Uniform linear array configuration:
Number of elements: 12
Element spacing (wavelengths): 0.75
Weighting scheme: hamming
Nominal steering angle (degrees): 45
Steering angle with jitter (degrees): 43.026
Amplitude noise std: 0.05
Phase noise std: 0.05

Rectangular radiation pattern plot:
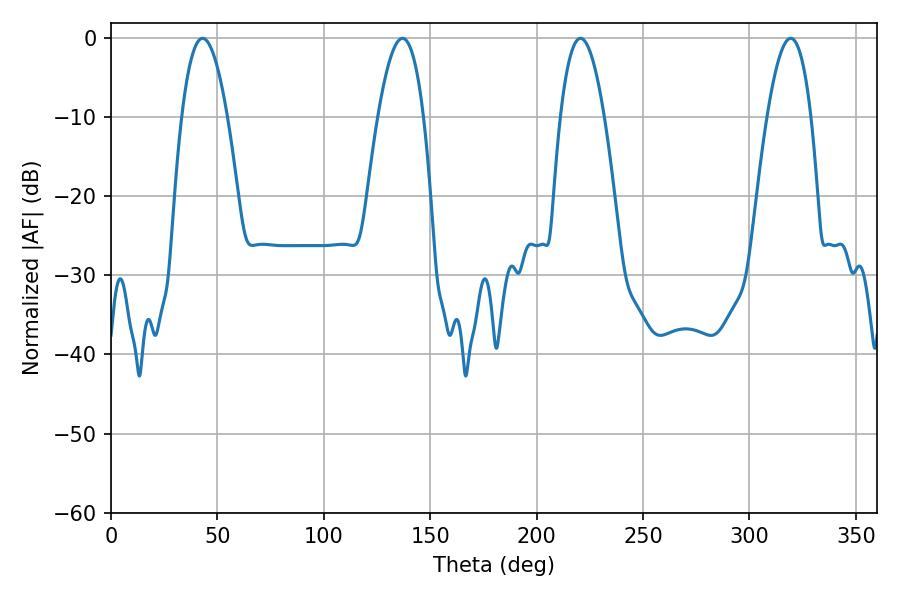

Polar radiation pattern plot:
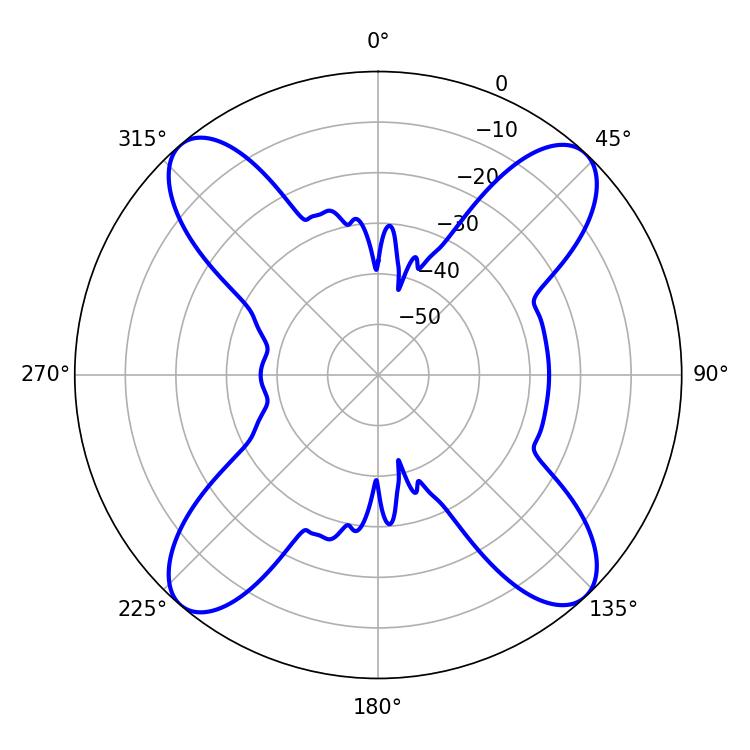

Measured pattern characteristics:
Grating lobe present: TRUE
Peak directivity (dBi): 18.74
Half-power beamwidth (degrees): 11.7
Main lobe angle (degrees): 43.02